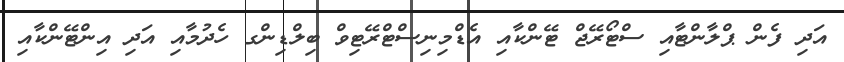
އަދި ފެން ޕްލާންޓާއި ސްޓޯރޭޖް ޓޭންކާއި އެޑްމިނިސްޓްރޭޓިވް ބިލްޑިންގ ހެދުމާއި އަދި އިންޓޭންކާއި